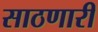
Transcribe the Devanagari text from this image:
साठणारी